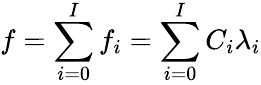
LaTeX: f=\sum_{i=0}^{I}f_{i}=\sum_{i=0}^{I}C_{i}\lambda_{i}